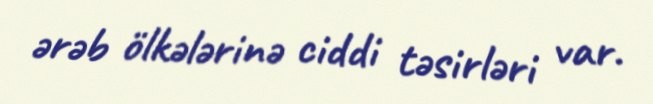
ərəb ölkələrinə ciddi təsirləri var.